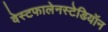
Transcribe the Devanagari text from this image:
वेस्टफालेनस्टेडियॉन